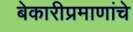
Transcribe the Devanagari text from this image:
बेकारीप्रमाणांचे